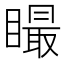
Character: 𥊴